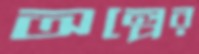
অল্পের